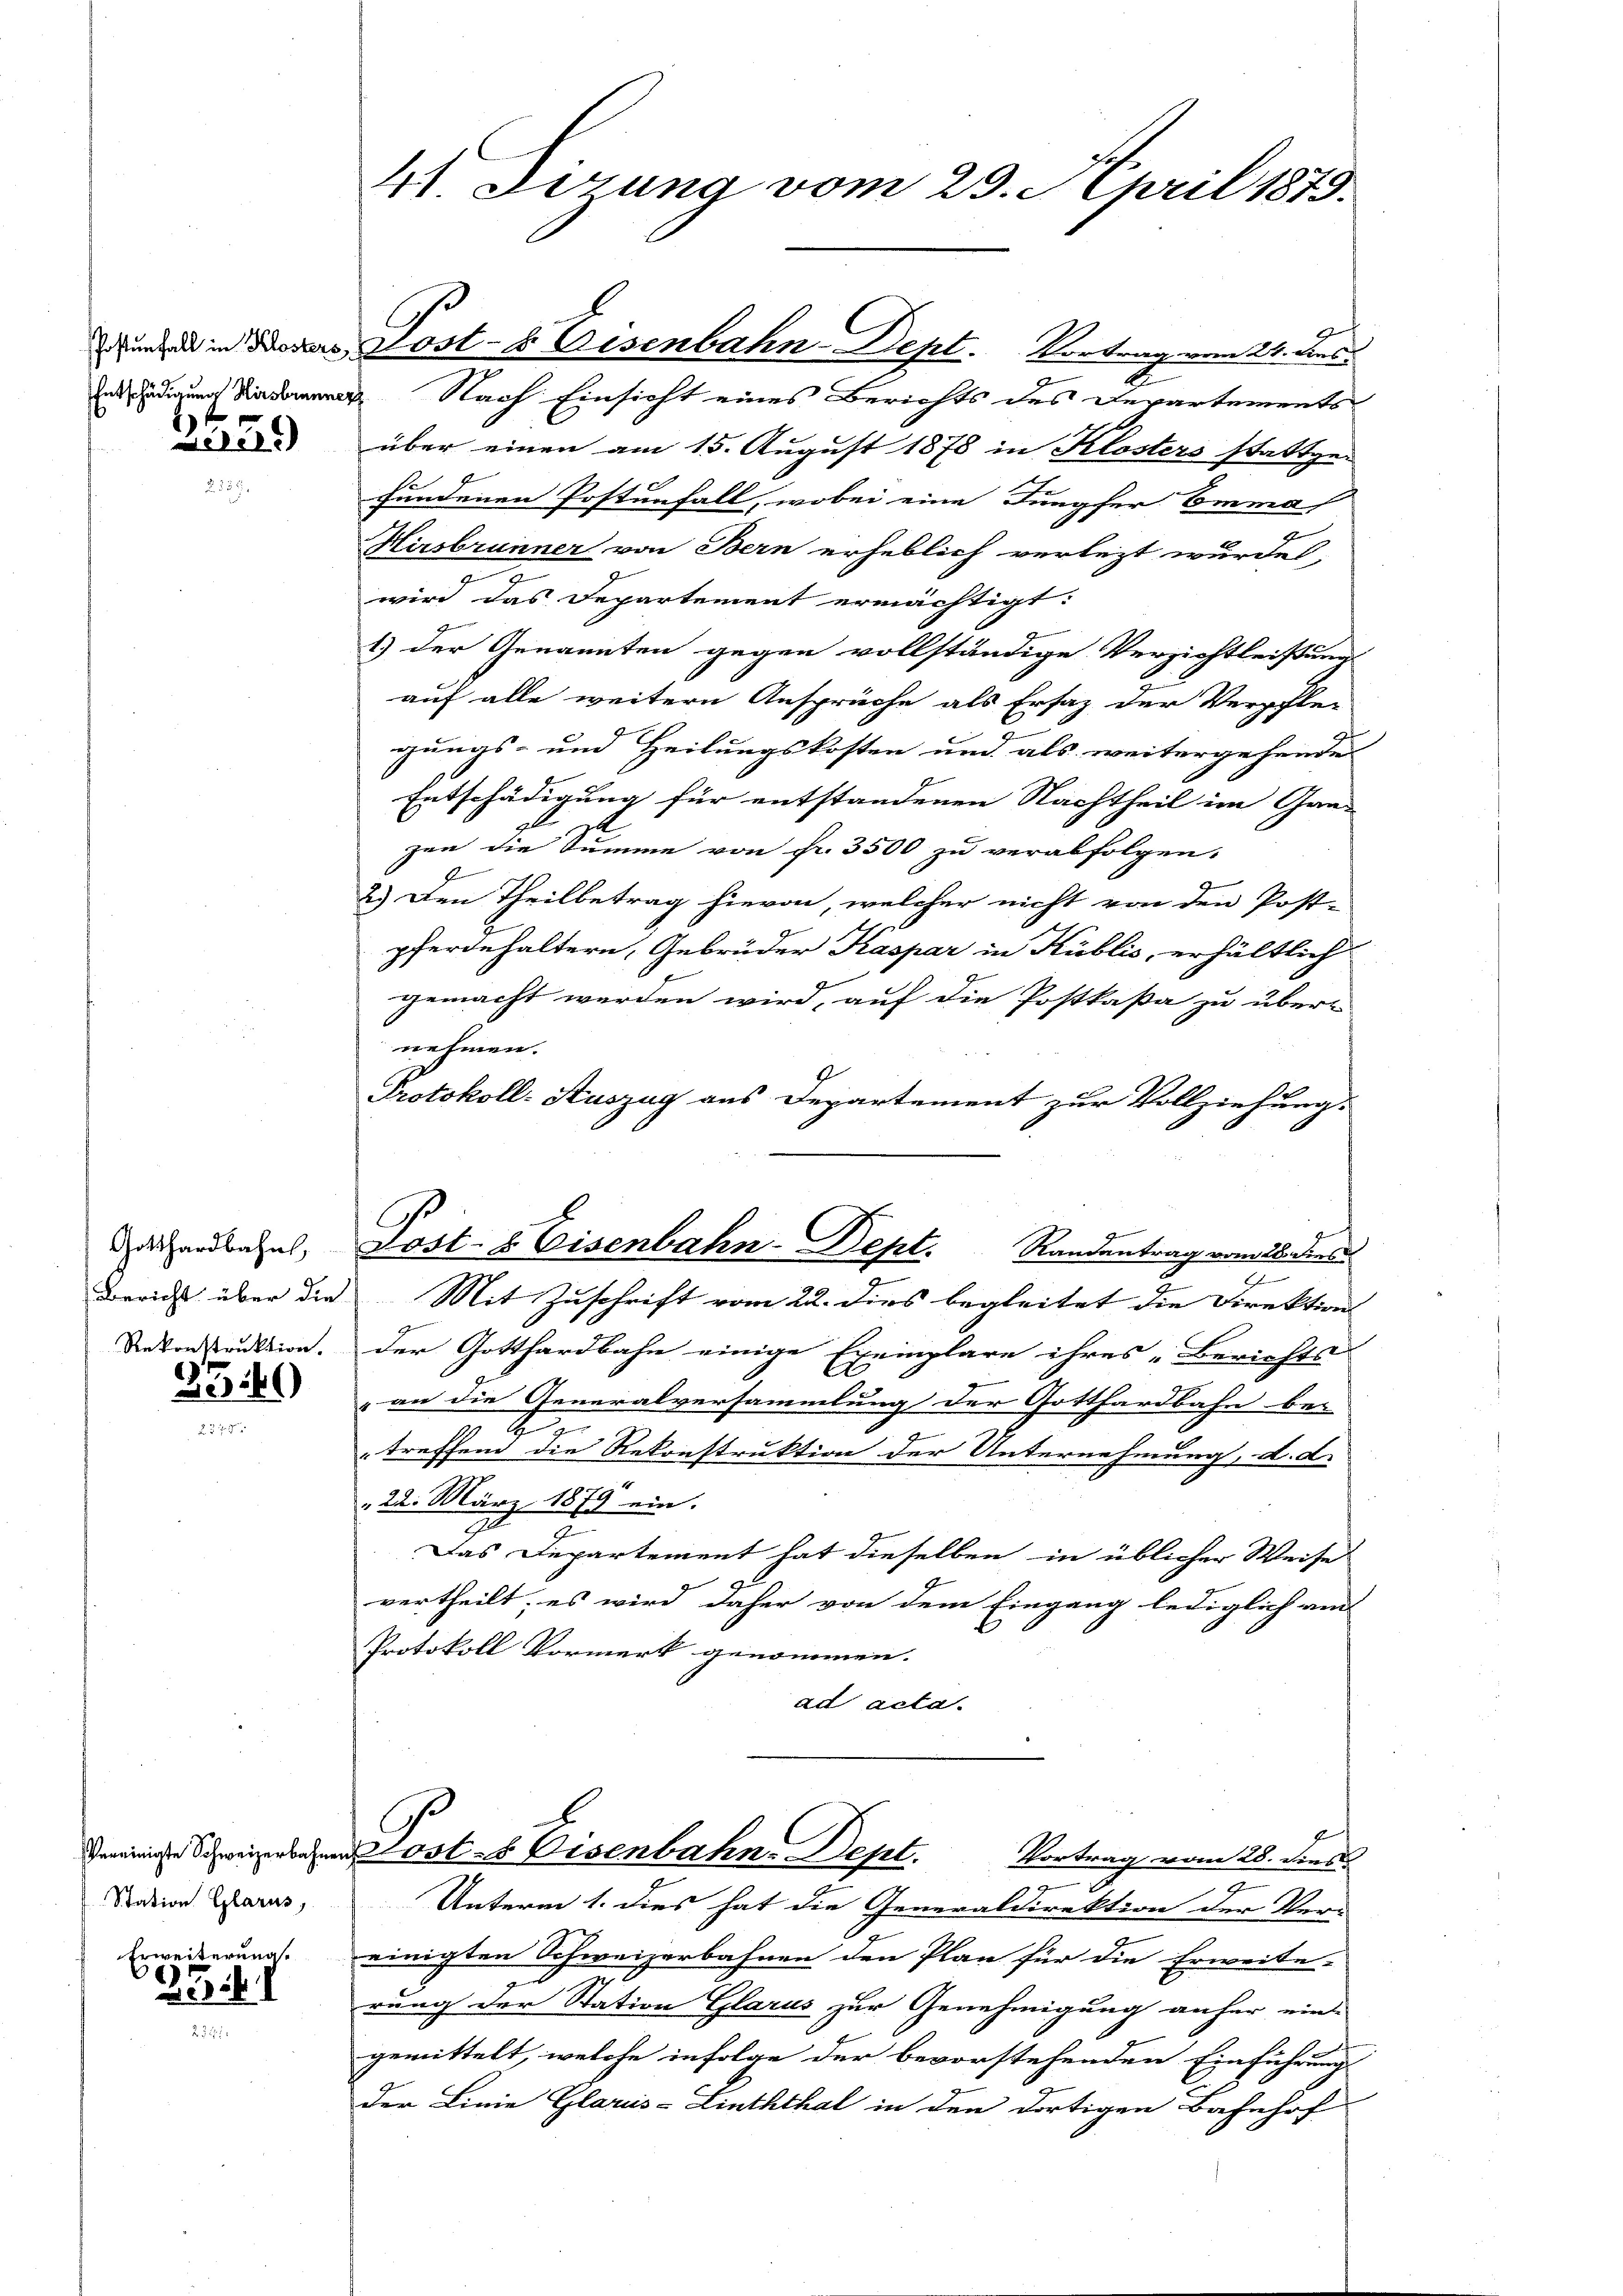
229)

Gotthardbahn,
Rekonstruktion.

346)

Vereinigte Schweizerbahn
Station Glarus,
Erweiterung.

25 f.

41 digung vom 29. April 1879.

inden in Kosters Post- & Eisenbahn-Dept. Vortrag vom 24. dies

2
nädigung Nach Einsicht eines Berichts des Departements
über einen am 15. August 1878 in Klosters stattge-
fundenen Postenfall, wobei eine Jungfer Emma
Hirsbrunner von Bern erheblich verlezt wurden,
wird das Departement ermächtigt:

1.) Der Genannten gegen vollständige Verzichtleisung
auf alle weitern Ansprüche als Ersatz der Verschlei
gungs- und Heilungskosten und als weitergehende
Entschädigung für entstandenen Nachtheil im Ganz
e
zen die Summe von fr. 3500 zu verabfolgen.
2.) Den Theilbetrag hievon, welcher nicht von den Post-
pferdehaltern, Gebrüder Kaspar in Küblic, erhältlich
gemacht werden wird, auf die Postkassa zu über-
nehmen.
Protokoll- Auszug aus Departement zur Vollziehung.
n
Bericht über die Mit Zuschrift vom 22. dies begleitet die Direktions
der Gotthardbahn einige Exemplare ihres „Berichts-
an die Generalversammlung der Gotthardbahn bei
r
treffend die Rekonstruktion der Unternehmung, d. d.
22. März 1879 ein.
Das Departement hat dieselben in üblicher Weise
vertheilt; es wird daher von dem Eingang lediglich am
Protokoll Vormerk genommen.
ad acta.
Post- & Eisenbahn-Dept. Vortrag vom 28. dens
Unterm 1. dies hat die Generaldirektion der Ver-
einigten Schweizerbahnen den Plan für die Erweite-
rung der Station Glarus zur Genehmigung anfer ein
gemittelt, welche infolge der bevorstehenden Einführung
der Linie Glarus-Linththal in den dortigen Bahnhof

Post- & Eisenbahn-Dept. Randantrag vom 28. Die